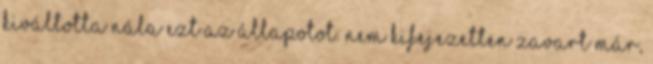
kiváltotta nála ezt az állapotot. Nem kifejezetten zavart már,